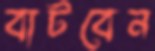
বাটবেন